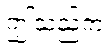
ဤသည်က